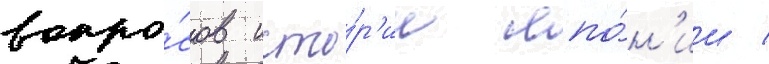
вопро́сов исто́р'ии япо́н'ии /